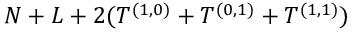
N + L + 2 ( T ^ { ( 1 , 0 ) } + T ^ { ( 0 , 1 ) } + T ^ { ( 1 , 1 ) } )